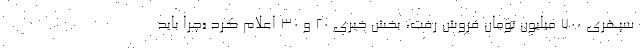
سپهری ۷۰۰ میلیون تومان فروش رفت، بخش خبری ۲۰ و ۳۰ اعلام کرد «چرا باید